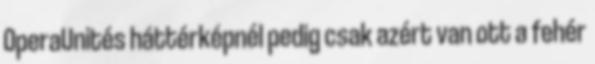
OperaUnités háttérképnél pedig csak azért van ott a fehér